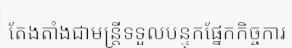
តែងតាំងជាមន្ត្រីទទួលបន្ទុកផ្នែកកិច្ចការ